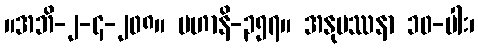
။အဘိ-၂-၄-၂၀၈။ မဟာနိ-၃၅၇။ အနုပဿနာ ၁၀-ပါး၊